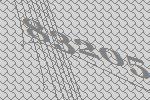
83205